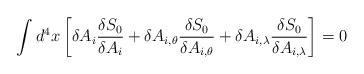
LaTeX: \begin{align*}\int d^4x \left [ \delta A_i \frac{ \delta S_0}{\delta A_i} + \delta A_{i,\theta } \frac{ \delta S_0}{ \delta A_{i, \theta} } + \delta A_{i, \lambda }\frac{ \delta S_0}{\delta A_{i, \lambda }} \right ]=0\end{align*}